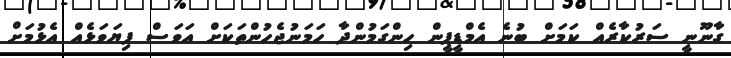
ގާނޫނީ ސަރުކާރެއް ކަމަށް ބުނެ އެމްޑީޕީން ހިންގަމުންދާ ހަމަނުޖެހުންތަކަށް އަވަސް ފިޔަވަޅެއް އެޅުމަށް